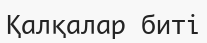
Қалқалар биті